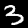
Digit: 3